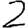
Digit: 2